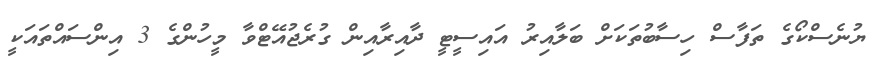
ޔުނެސްކޯގެ ތަފާސް ހިސާބުތަކަށް ބަލާއިރު އައިސީޓީ ދާއިރާއިން ގުރެޖުއޭޓްވާ މީހުންގެ 3 އިންސައްތައަކީ